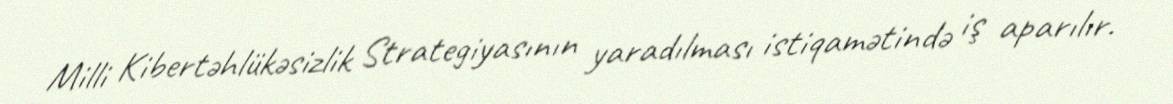
Milli Kibertəhlükəsizlik Strategiyasının yaradılması istiqamətində iş aparılır.